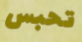
تحبس